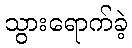
သွားရောက်ခဲ့